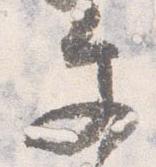
文